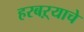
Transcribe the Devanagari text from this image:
हरबऱ्याचे